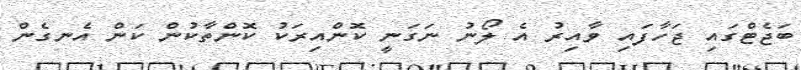
ބަޖެޓްގައި ޖަހާފައި ވާއިރު އެ ލޯނު ނަގަނީ ކޮންއިރަކު ކޮންތާކުން ކަން އެނގެން